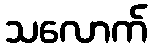
သလောက်